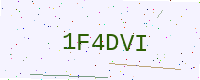
Text: 1F4DVI